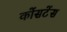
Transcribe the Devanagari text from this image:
कोंसटेंस